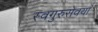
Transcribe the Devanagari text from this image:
स्वगुरुसेवया